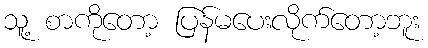
သူ့ စာကိုတော့ ပြန်မပေးလိုက်တော့ဘူး